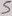
Text: 5